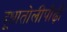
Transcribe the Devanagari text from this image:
दूधातोलीपौढ़ी